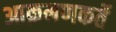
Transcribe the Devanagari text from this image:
आक्रमणकर्ते